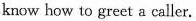
know how to greet a caller.